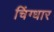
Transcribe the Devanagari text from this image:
चिंग्धार